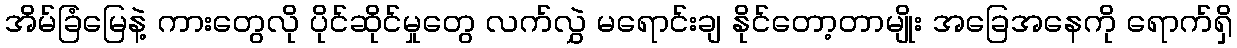
အိမ်ခြံမြေနဲ့ ကားတွေလို ပိုင်ဆိုင်မှုတွေ လက်လွှဲ မရောင်းချ နိုင်တော့တာမျိုး အခြေအနေကို ရောက်ရှိ